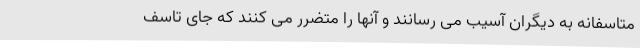
متاسفانه به دیگران آسیب می رسانند و آنها را متضرر می کنند که جای تاسف